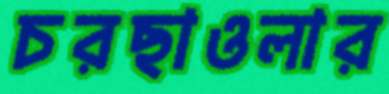
চরছাওলার